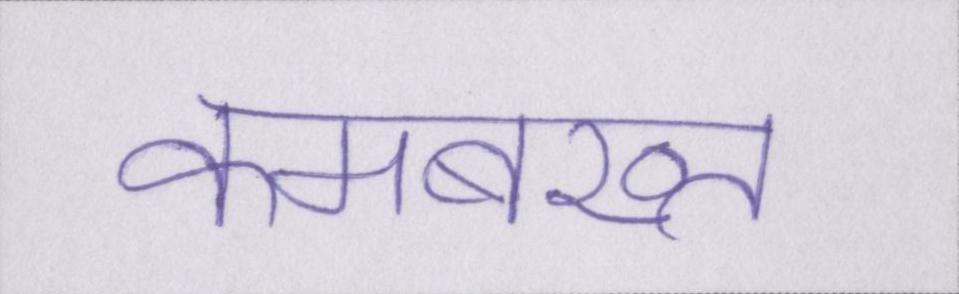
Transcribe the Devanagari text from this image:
कमबख्त